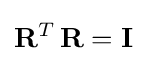
\mathbf {R} ^{T}\,\mathbf {R} =\mathbf {I}